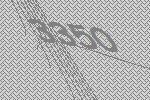
3350